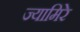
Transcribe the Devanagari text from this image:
ज्यामिरे